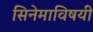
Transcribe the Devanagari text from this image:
सिनेमाविषयी